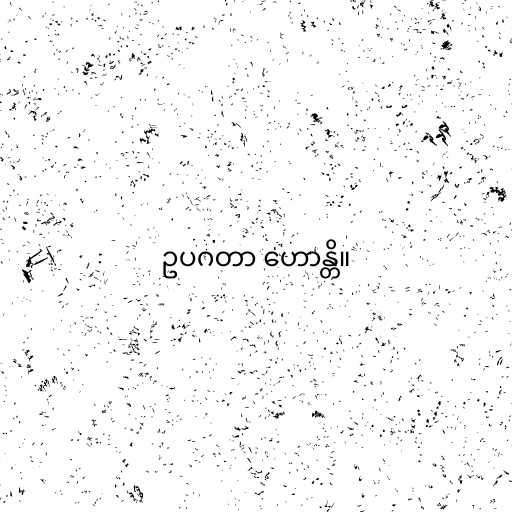
ဥပဂတာ ဟောန္တိ။